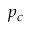
p _ { c }